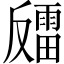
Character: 𫩍